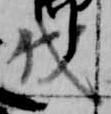
伐